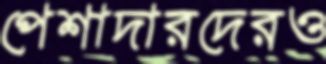
পেশাদারদেরও